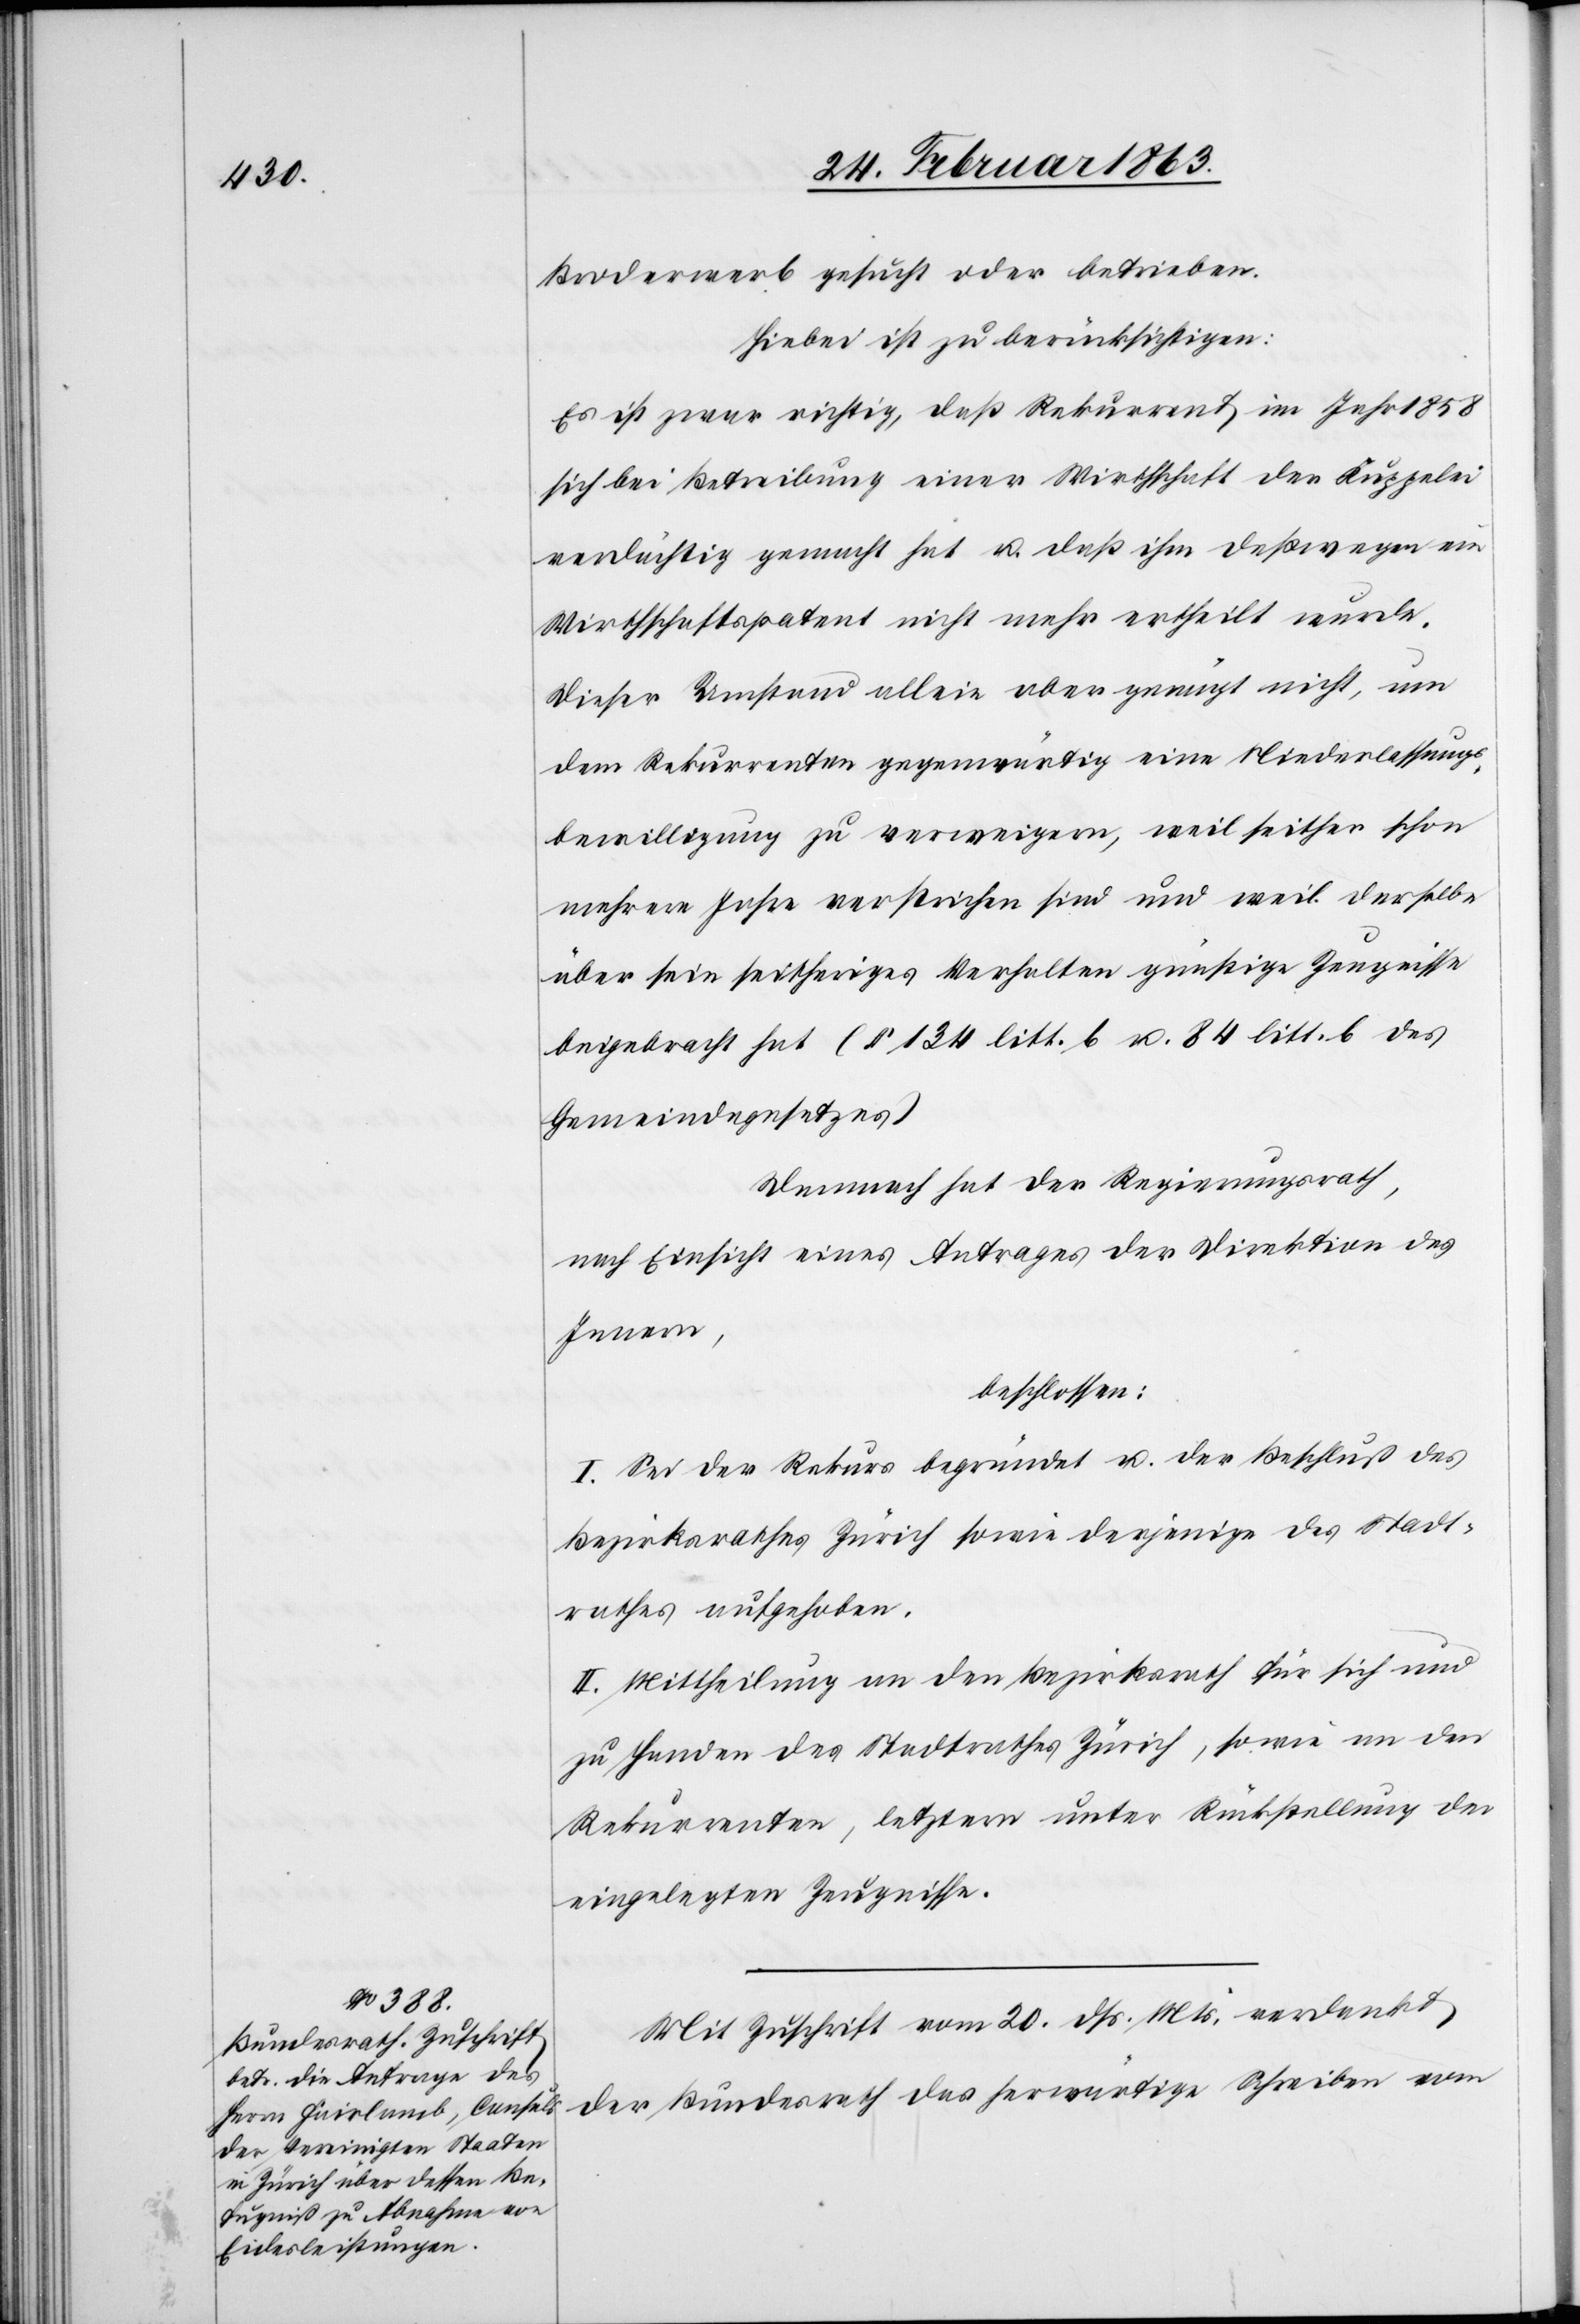
Broderwerb gesucht oder betrieben.
Hiebei ist zu berücksichtigen:
Es ist zwar richtig, daß Rekurrent im Jahr 1858
sich bei Betreibung einer Wirthschaft der Kuppelei
verdächtig gemacht hat u. daß ihm deßwegen ein
Wirthschaftspatent nicht mehr ertheilt wurde.
Dieser Umstand allein aber genügt nicht, um
dem Rekurrenten gegenwärtig eine Niederlassungs¬
bewilligung zu verweigern, weil seither schon
mehrere Jahre verstrichen sind und weil derselbe
über sein seitheriges Verhalten günstige Zeugnisse
beigebracht hat (§ 134 litt. b u. 84 litt. b des
Gemeindegesetzes)
Demnach hat der Regierungsrath,
nach Einsicht eines Antrages der Direktion des
Innern,
beschlossen:
I. Sei der Rekurs begründet u. der Beschluß des
Bezirksrathes Zürich sowie derjenige des Stadt¬
rathes aufgehoben.
II. Mittheilung an den Bezirksrath für sich und
zu Handen des Stadtrathes Zürich, sowie an den
Rekurrenten, letztern unter Rückstellung der
eingelegten Zeugnisse.
Mit Zuschrift vom 20. dß. Mts. verdankt
der Bundesrath das herwärtige Schreiben vom